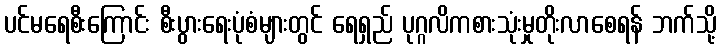
ပင်မရေစီးကြောင်း စီးပွားရေးပုံစံများတွင် ရေရှည် ပုဂ္ဂလိကစားသုံးမှုတိုးလာစေရန် ဘက်သို့